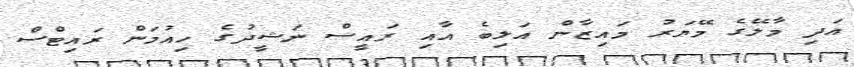
އަދި މާލޭގެ މޭޔަރު މައިޒާން އަލިބެ އާއި ރައީސް ނަޝީދުގެ ހިއުމަން ރައިޓްސް